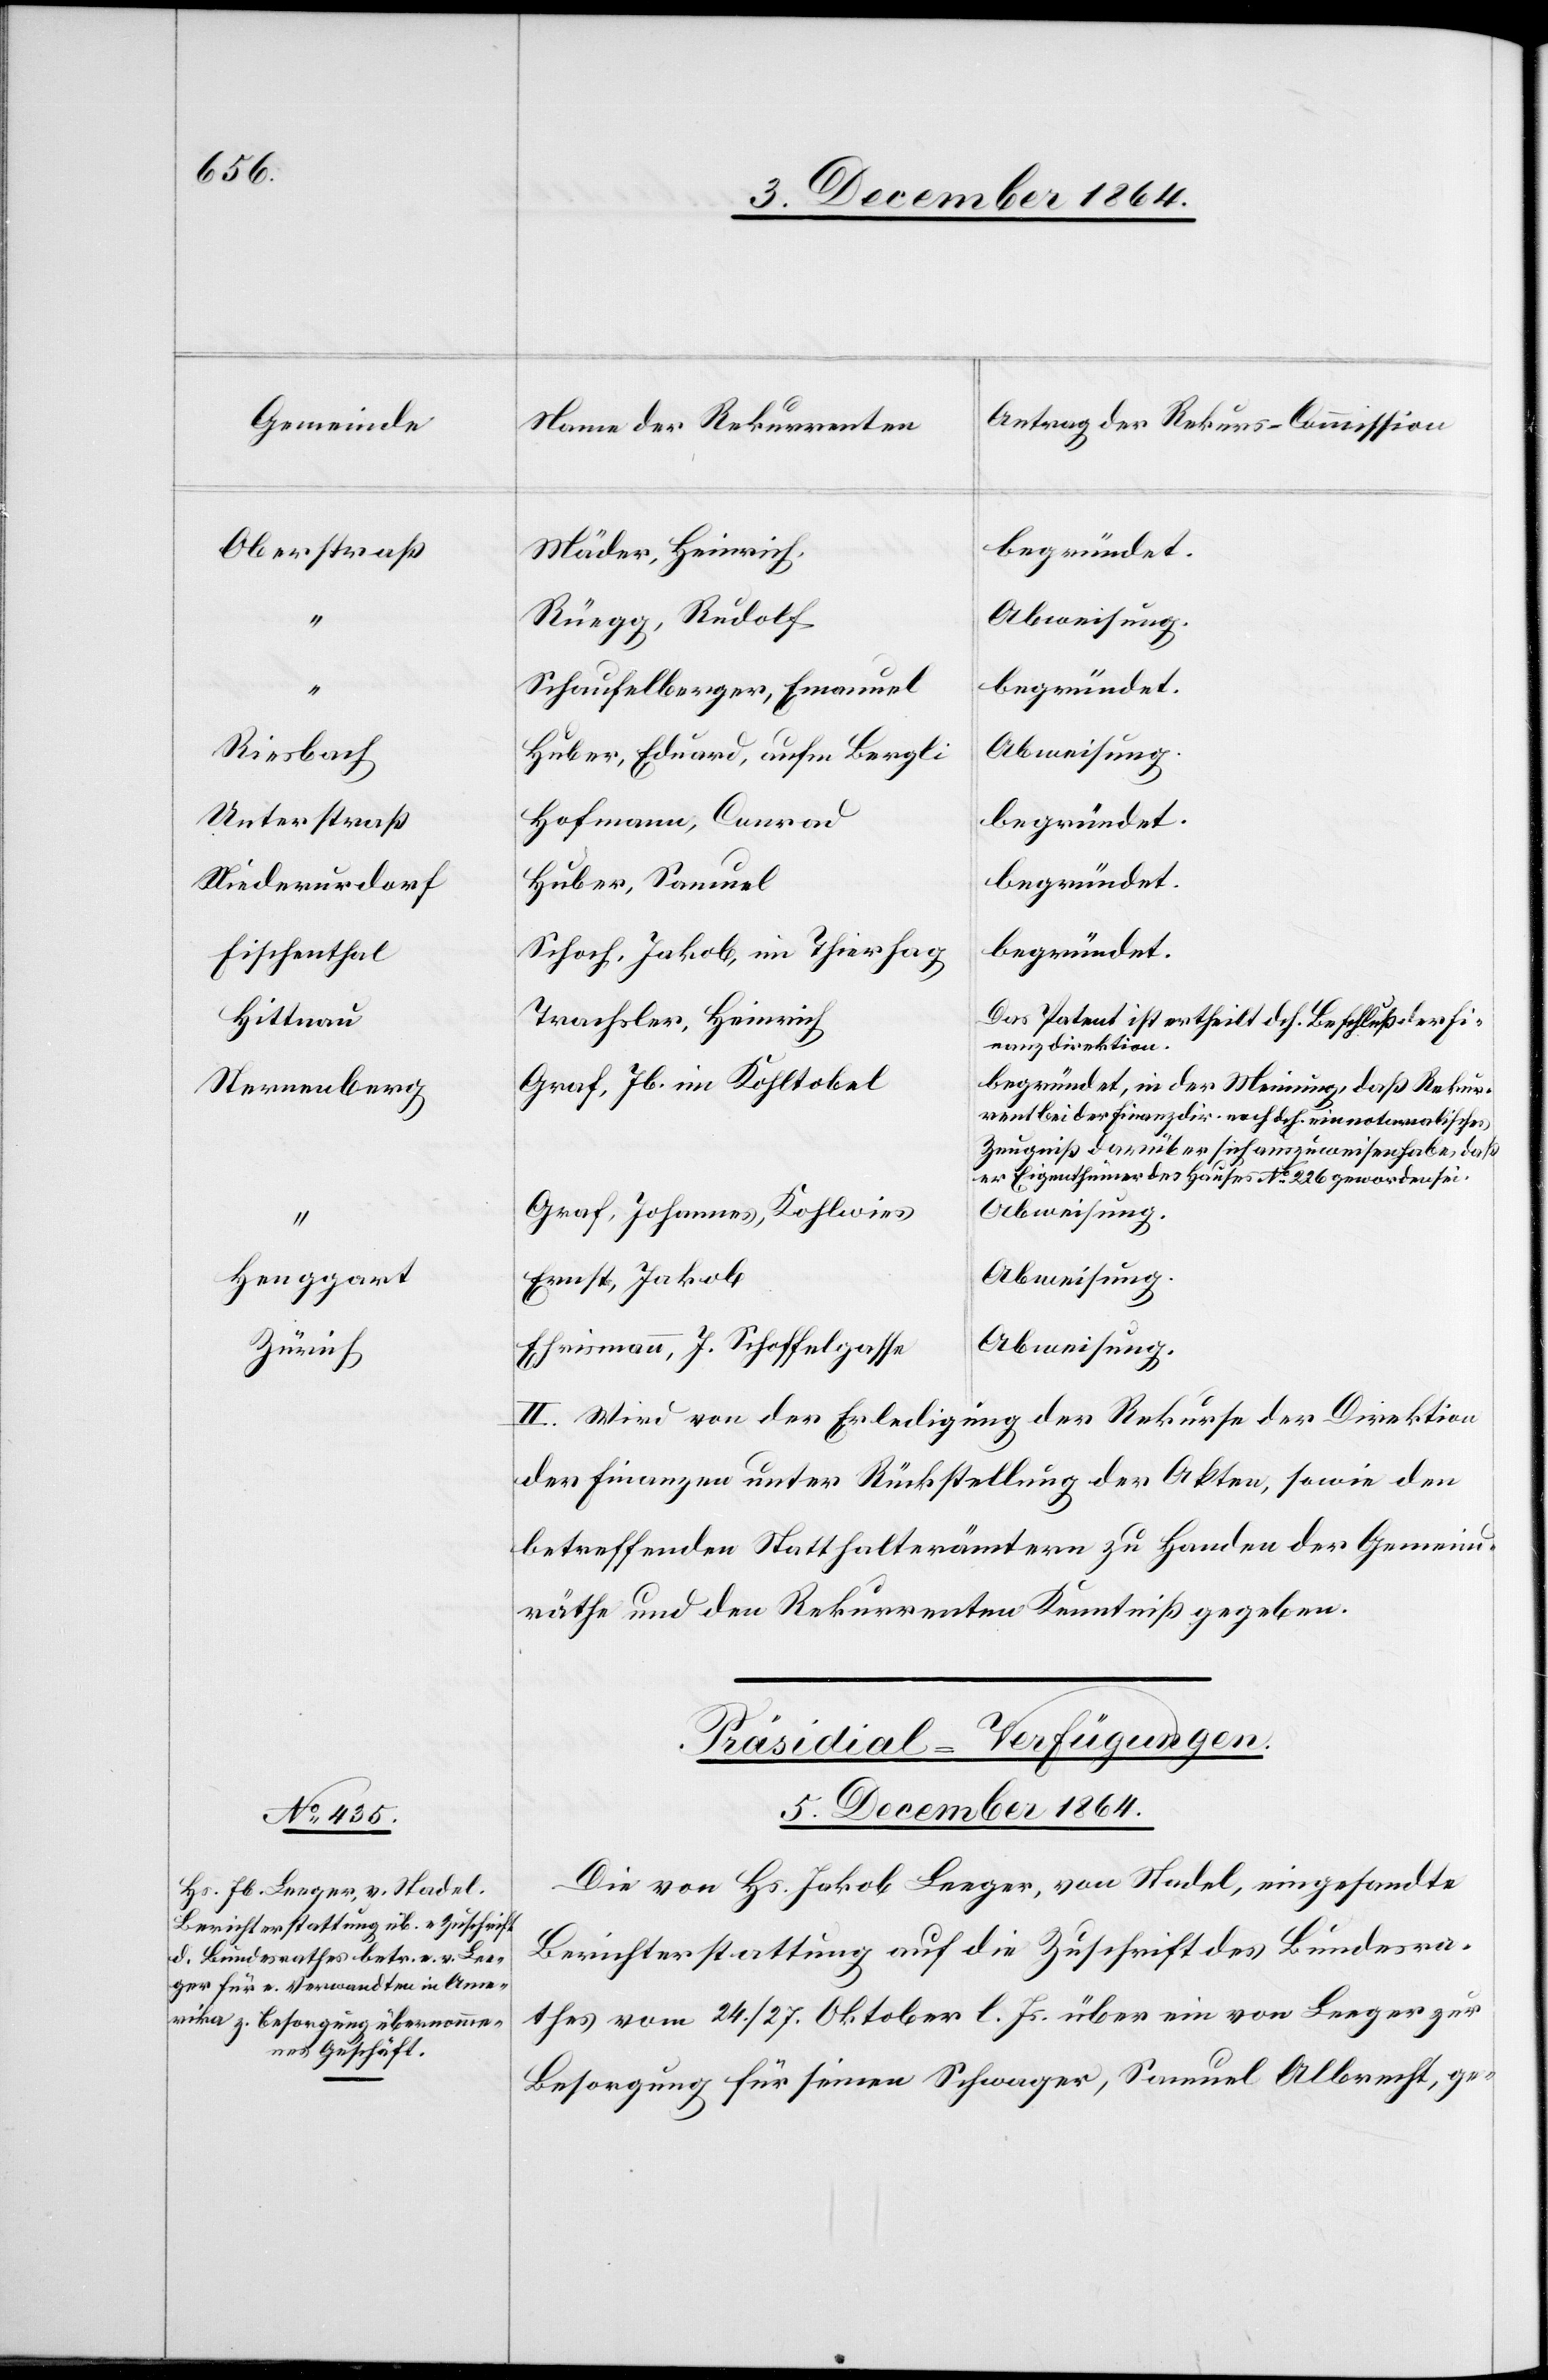
[Gemeinde]
Oberstraß
Riesbach
Unterstraß
Niederurdorf
Fischenthal
Hittnau
Sternenberg
Henggart
Zürich

[Antrag der Rekurs-Commission]
[Name der Rekurrenten]
Mäder, Heinrich.
Rüegg, Rudolf
Abweisung.
Schaufelberger, Emanuel
Huber, Eduard, aufm Bergli
Hofmann, Conrad
begründet.
Huber, Samuel
begründet.
Schoch, Jakob, im Thierhag
Das Patent ist ertheilt dch. Beschluß der Fi¬
Trachsler, Heinrich
nanzdirektion.
Graf, Jb. im Kohltobel
begründet, in der Meinung, daß Rekur¬
rent bei der Finanzdir. noch durch ein notarialisches
Zeugniß darüber sich auszuweisen habe, daß
er Eigenthümer des Hauses No 226 geworden sei.
Graf, Johannes, Kohlwies
Abweisung.
Ernst, Jakob
Abweisung.
Ehrismann, J. Schoffelgasse.
II. Wird von der Erledigung der Rekurse der Direktion
der Finanzen unter Rückstellung der Akten, sowie den
betreffenden Statthalterämtern zu Handen der Gemeind¬
räthe und den Rekurrenten Kenntniß gegeben.
Präsidial-Verfügungen.
5. December 1864.
Die von Hs. Jakob Leeger, von Stadel, eingesandte
Berichterstattung auf die Zuschrift des Bundesra¬
thes vom 24./27. Oktober l. Js. über ein von Leeger zur
Besorgung für seinen Schwager, Samuel Albrecht, ge-